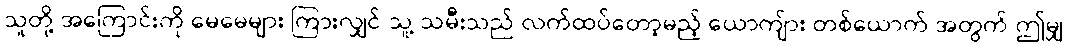
သူတို့ အကြောင်းကို မေမေများ ကြားလျှင် သူ့ သမီးသည် လက်ထပ်တော့မည့် ယောကျ်ား တစ်ယောက် အတွက် ဤမျှ